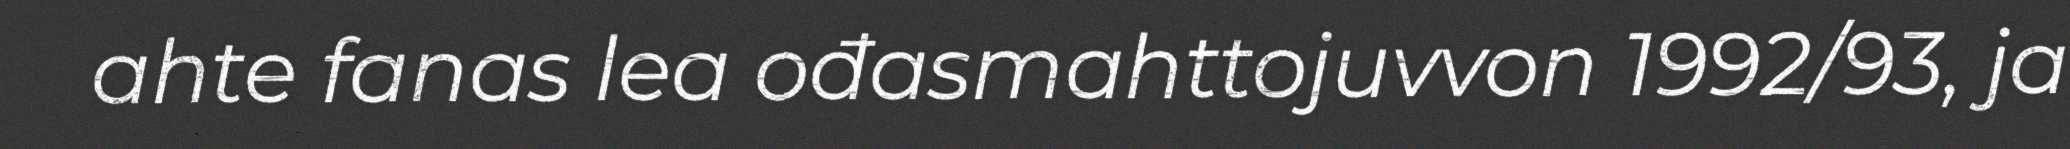
ahte fanas lea ođasmahttojuvvon 1992/93, ja